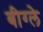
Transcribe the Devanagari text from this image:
बीग्ले